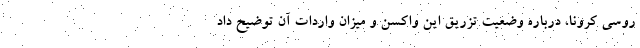
روسی کرونا، درباره وضعیت تزریق این واکسن و میزان واردات آن توضیح داد